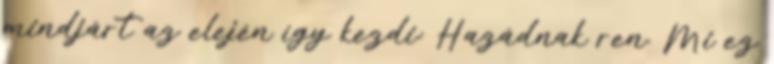
mindjárt az elején így kezdi: Hazádnak ren. Mi ez